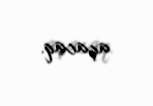
açacaq.